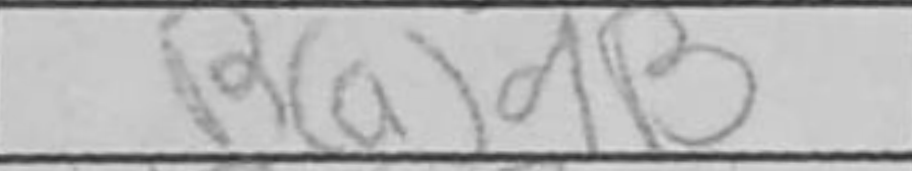
Transcription: Rad8